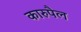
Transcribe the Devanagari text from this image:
कारुपैल